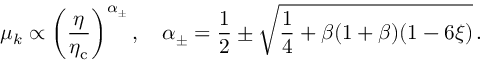
\mu _ { k } \propto \left( \frac { \eta } { \eta _ { \mathrm { c } } } \right) ^ { \alpha { _ { \pm } } } , \quad \alpha _ { \pm } = \frac { 1 } { 2 } \pm \sqrt { \frac { 1 } { 4 } + \beta ( 1 + \beta ) ( 1 - 6 \xi ) } \, .